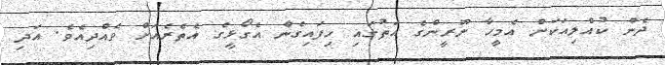
ދެން ކުއްލިއަކަށް އެމީހާ ނޫރީންގެ އަތުގައި ހިފައިގެން އެގޯޅީގެ އެތެރެއަށް ވެއްދިއެވެ. އަދި